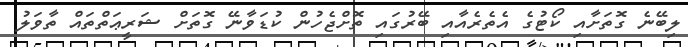
ލިބޭނެ ގޮތަށާއި ކޯޓުގެ އެތެރެއާއި ބޭރުގައި ތޮށްޖެހުން ކުޑަވާނޭ ގޮތަށް ޝަރީޢަތްތައް ތާވަލު